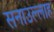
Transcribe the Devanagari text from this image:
सनाउल्‍लाह